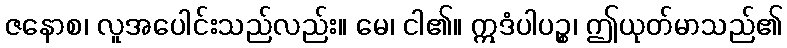
ဇနောစ၊ လူအပေါင်းသည်လည်း။ မေ၊ ငါ၏။ ဣဒံပါပဉ္စ၊ ဤယုတ်မာသည်၏